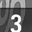
Digit: 3